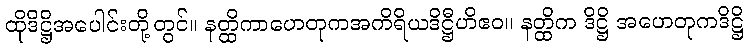
ထိုဒိဋ္ဌိအပေါင်းတို့တွင်။ နတ္ထိကာဟေတုကအကိရိယဒိဋ္ဌီဟိဧဝ။ နတ္ထိက ဒိဋ္ဌိ အဟေတုကဒိဋ္ဌိ